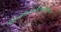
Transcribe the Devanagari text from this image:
निर्णयवादजल्पवितण्डाहेत्वाभासच्छलजातिकपटनिग्रहस्थानानां